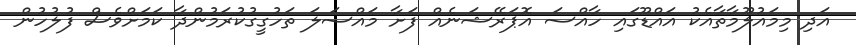
އަދި މިމައުލޫމާތާއެކު އައްޑޫގައި ހާއްސަ އޮޕަރޭޝަނެއް ފަށާ މައްސަލަ ތަހުގީގުކުރަމުންދާ ކަަމަށްވެސް ފުލުހުން